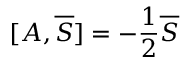
[ A , { \overline { { S } } } ] = - { \frac { 1 } { 2 } } { \overline { { S } } }